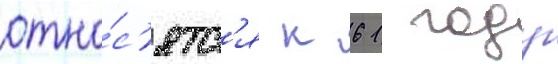
отно́с'ятс'я к 61 году